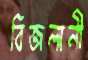
বিজলানী